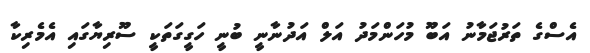
އެސްގެ ތަރުޖަމާނު އަބޫ މުހަންމަދު އަލް އަދުނާނީ ބުނީ ހަގީގަތަކީ ސޫރިޔާގައި އެމެރިކާ